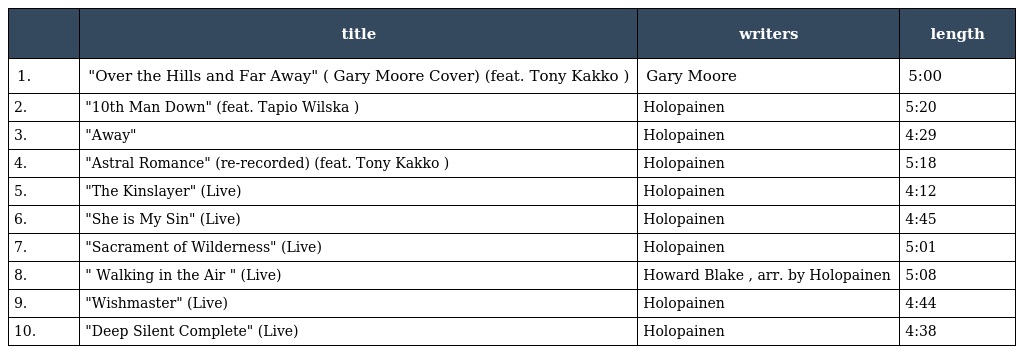
|  | title | writers | length |
 | --- | --- | --- | --- |
 | 1. | "Over the Hills and Far Away" ( Gary Moore Cover) (feat. Tony Kakko ) | Gary Moore | 5:00 |
 | 2. | "10th Man Down" (feat. Tapio Wilska ) | Holopainen | 5:20 |
 | 3. | "Away" | Holopainen | 4:29 |
 | 4. | "Astral Romance" (re-recorded) (feat. Tony Kakko ) | Holopainen | 5:18 |
 | 5. | "The Kinslayer" (Live) | Holopainen | 4:12 |
 | 6. | "She is My Sin" (Live) | Holopainen | 4:45 |
 | 7. | "Sacrament of Wilderness" (Live) | Holopainen | 5:01 |
 | 8. | " Walking in the Air " (Live) | Howard Blake , arr. by Holopainen | 5:08 |
 | 9. | "Wishmaster" (Live) | Holopainen | 4:44 |
 | 10. | "Deep Silent Complete" (Live) | Holopainen | 4:38 |